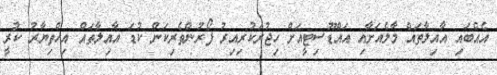
އެއްބައި އާއިލާތައް މާލެއަށާއި އައްޑޫސިޓީއަށް ހިޖުރަކުރިއިރު ފޯރުންތެރިކަން ކުޑަ އާއިލާތައް އިހްތިޔާރު ކުރީ